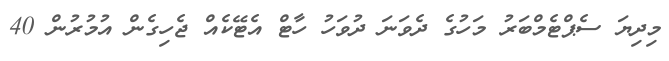
މިދިޔަ ސެޕްޓެމްބަރު މަހުގެ ދެވަނަ ދުވަހު ހާޓް އެޓޭކެއް ޖެހިގެން އުމުރުން 40